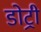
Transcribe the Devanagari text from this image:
डोट्री